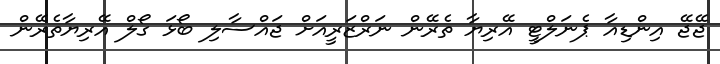
ޖޭޖޭ އިންޑިއާ ޕެނަލްޓީ އޭރިޔާ ތެރޭން ނަރްޒަރީއަށް ޖައްސާލި ބޯޅަ ގޯލް އޭރިޔާތެރޭން